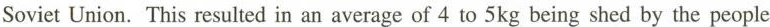
Soviet Union. This resulted in an average of 4 to 5kg being shed by the people